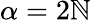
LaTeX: \alpha=2\mathbb{N}